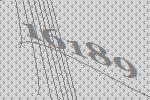
16189